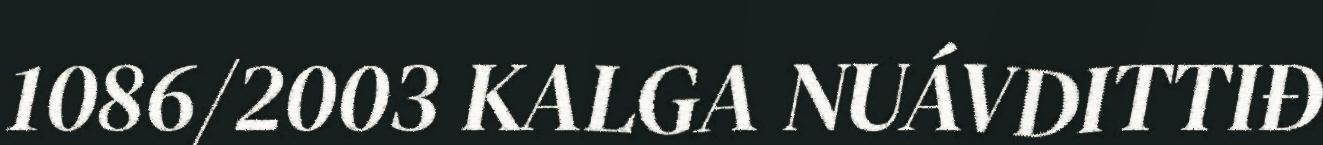
1086/2003 KALGA NUÁVDITTIĐ